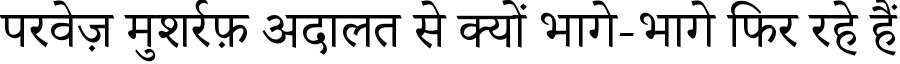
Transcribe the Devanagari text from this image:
परवेज़ मुशर्रफ़ अदालत से क्यों भागे-भागे फिर रहे हैं